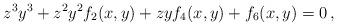
LaTeX: \begin{align*}z^3 y^3 + z^2 y^2 f_2(x,y) + zy f_4(x,y)+ f_6(x,y) = 0 \, , \end{align*}